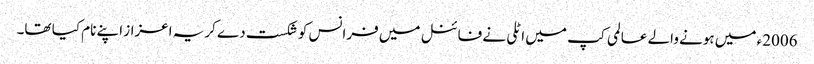
2006ء میں ہونے والے عالمی کپ میں اٹلی نے فائنل میں فرانس کو شکست دے کریہ اعزاز اپنے نام کیا تھا۔